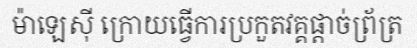
ម៉ាឡេស៊ី ក្រោយធ្វើការប្រកួតវគ្គផ្តាច់ព្រ័ត្រ